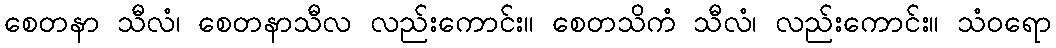
စေတနာ သီလံ၊ စေတနာသီလ လည်းကောင်း။ စေတသိကံ သီလံ၊ လည်းကောင်း။ သံဝရော